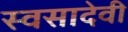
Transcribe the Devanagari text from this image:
स्वसादेवी